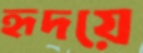
হৃদয়ে